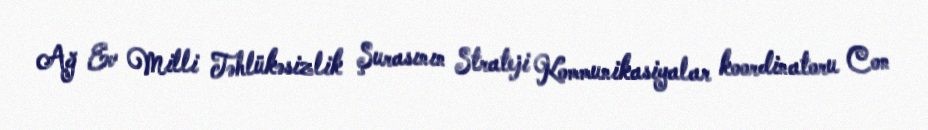
Ağ Ev Milli Təhlükəsizlik Şurasının Strateji Kommunikasiyalar koordinatoru Con